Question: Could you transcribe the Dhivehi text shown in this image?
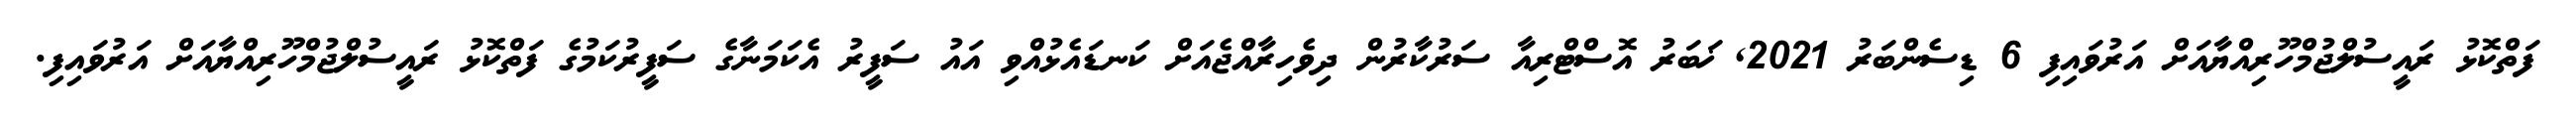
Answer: ފަތްކޮޅު ރައީސުލްޖުމްހޫރިއްޔާއަށް އަރުވައިފި 6 ޑިސެންބަރު 2021, ޚަބަރު އޮސްޓްރިއާ ސަރުކާރުން ދިވެހިރާއްޖެއަށް ކަނޑައެޅުއްވި އައު ސަފީރު އެކަމަނާގެ ސަފީރުކަމުގެ ފަތްކޮޅު ރައީސުލްޖުމްހޫރިއްޔާއަށް އަރުވައިފި.